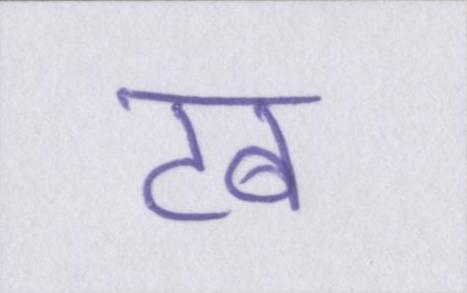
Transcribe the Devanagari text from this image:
टब